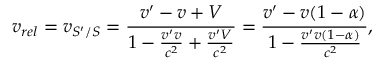
v _ { r e l } = v _ { S ^ { \prime } / S } = \frac { v ^ { \prime } - v + V } { 1 - \frac { v ^ { \prime } v } { c ^ { 2 } } + \frac { v ^ { \prime } V } { c ^ { 2 } } } = \frac { v ^ { \prime } - v ( 1 - \alpha ) } { 1 - \frac { v ^ { \prime } v ( 1 - \alpha ) } { c ^ { 2 } } } ,